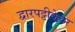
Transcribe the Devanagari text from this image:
द्वारपट्टीकेवर